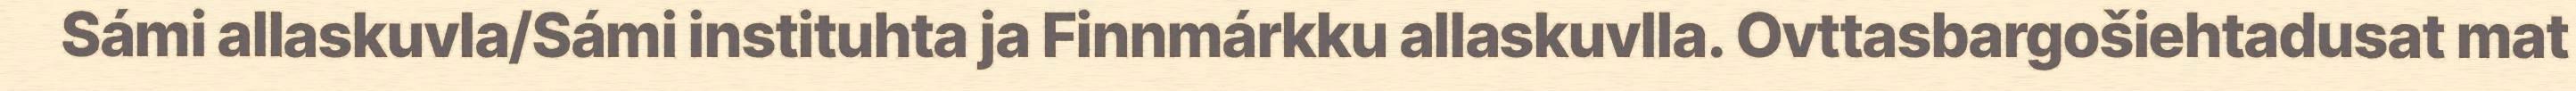
Sámi allaskuvla/Sámi instituhta ja Finnmárkku allaskuvlla. Ovttasbargošiehtadusat mat